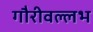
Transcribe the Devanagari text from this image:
गौरीवल्लभ